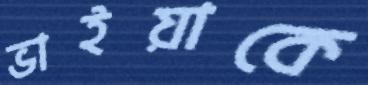
ভাইয়াকে